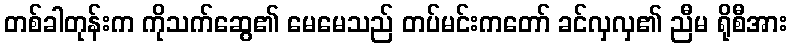
တစ်ခါတုန်းက ကိုသက်ဆွေ၏ မေမေသည် တပ်မင်းကတော် ခင်လှလှ၏ ညီမ ရိုစီအား